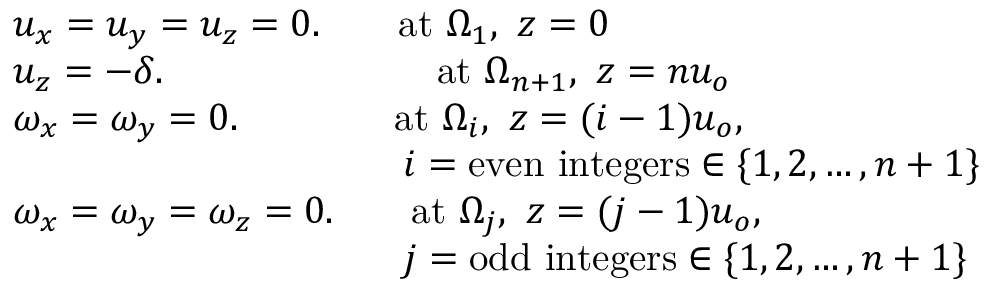
\begin{array} { r l } & { u _ { x } = u _ { y } = u _ { z } = 0 . \qquad \mathrm { a t } ~ \Omega _ { 1 } , \mathrm { ~ } z = 0 } \\ & { u _ { z } = - \delta . \qquad \qquad \qquad \quad \mathrm { a t } ~ \Omega _ { n + 1 } , \mathrm { ~ } z = n u _ { o } } \\ & { \omega _ { x } = \omega _ { y } = 0 . \qquad \qquad \mathrm { a t } ~ \Omega _ { i } , \mathrm { ~ } z = ( i - 1 ) u _ { o } , } \\ & { \qquad \qquad \qquad \qquad \qquad i = \mathrm { e v e n ~ i n t e g e r s } \in \{ 1 , 2 , \ldots , n + 1 \} } \\ & { \omega _ { x } = \omega _ { y } = \omega _ { z } = 0 . \qquad \mathrm { a t } ~ \Omega _ { j } , \mathrm { ~ } z = ( j - 1 ) u _ { o } , } \\ & { \qquad \qquad \qquad \qquad \qquad j = \mathrm { o d d ~ i n t e g e r s } \in \{ 1 , 2 , \ldots , n + 1 \} } \end{array}